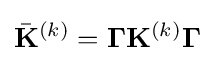
{\bar {\mathbf {K} }}^{(k)}=\mathbf {\Gamma } \mathbf {K} ^{(k)}\mathbf {\Gamma }